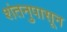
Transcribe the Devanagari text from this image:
शंतनुपासून